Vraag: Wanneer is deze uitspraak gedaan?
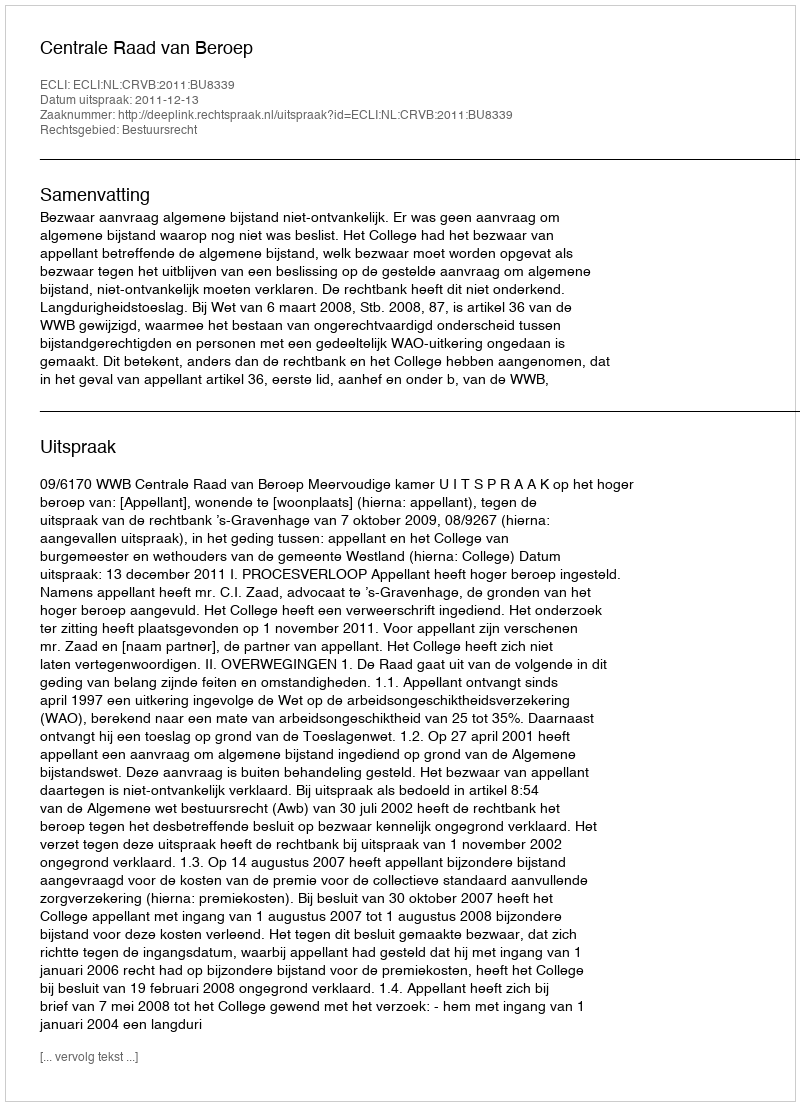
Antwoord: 2011-12-13